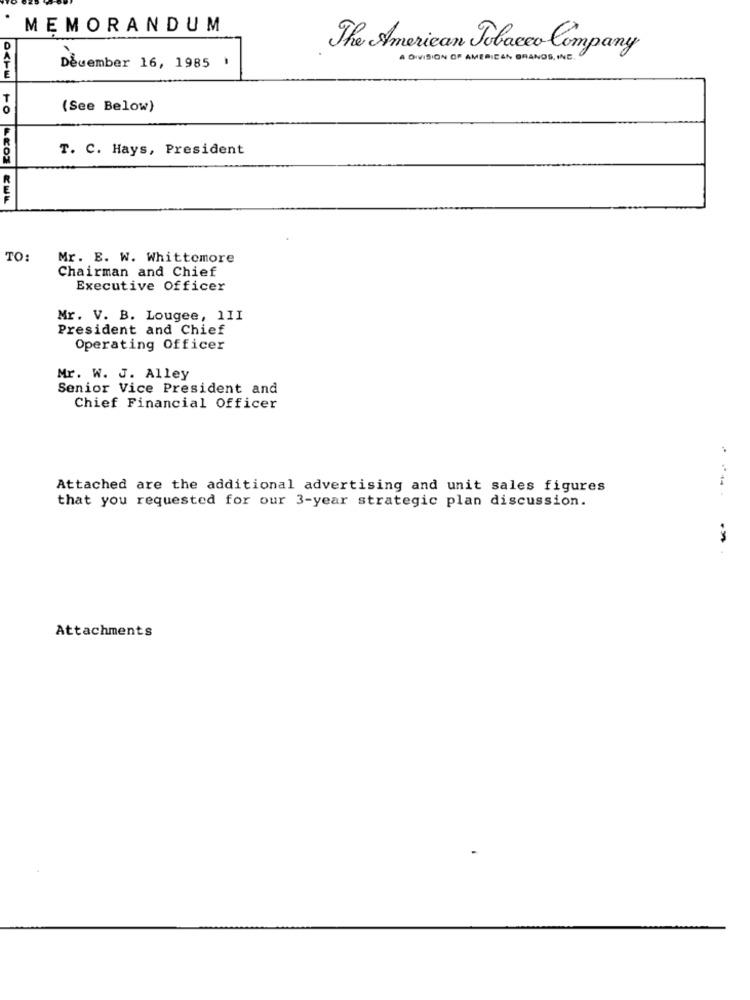
MEMORANDUM
D
The American Tobacco Company
A DIVISION OF AMERICAN BRANDS INC.
December 16, 1985 '
(See Below)
T. C. Hays, President
TO:
Mr. E. W. Whittemore
Chairman and Chief
Executive Officer
Mr. V. B. Lougee, 1II
President and Chief
Operating Officer
Mr. W. J. Alley
Senior Vice President and
Chief Financial Officer
Attached are the additional advertising and unit sales figures
that you requested for our 3-year strategic plan discussion.
Attachments